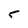
Character: 5